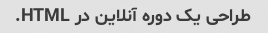
طراحی یک دوره آنلاین در HTML.